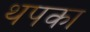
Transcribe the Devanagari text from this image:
थपका